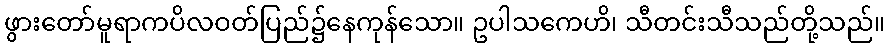
ဖွားတော်မူရာကပိလဝတ်ပြည်၌နေကုန်သော။ ဥပါသကေဟိ၊ သီတင်းသီသည်တို့သည်။